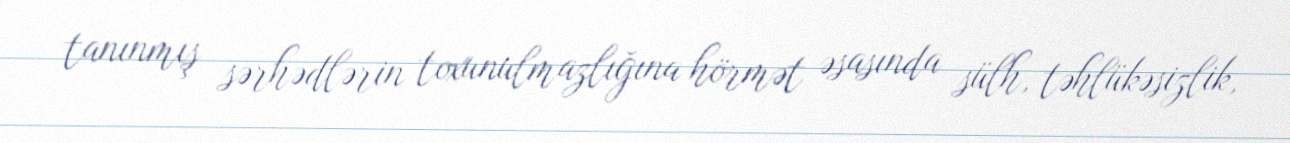
tanınmış sərhədlərin toxunulmazlığına hörmət əsasında sülh, təhlükəsizlik,